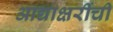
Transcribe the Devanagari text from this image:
आद्याक्षरींची